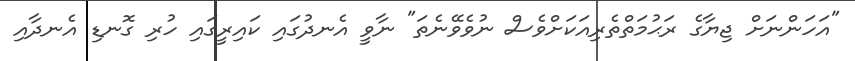
"އަހަންނަށް ޖިޔާގެ ރަޙުމަތްތެރިއަކަށްވެސް ނުވެވޭނެތަ" ނާވީ އެނދުގައި ކައިރީގައި ހުރި ގޮނޑި އެނދާއި